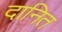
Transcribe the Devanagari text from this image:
दानित